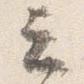
云